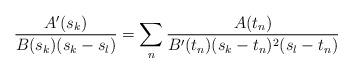
LaTeX: \begin{align*}\frac{A'(s_k)}{B(s_k)(s_k-s_l)}=\sum_n\frac{A(t_n)}{B'(t_n)(s_k-t_n)^2(s_l-t_n)}\end{align*}